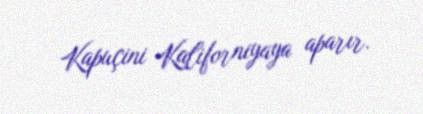
Kapuçini Kaliforniyaya aparır.